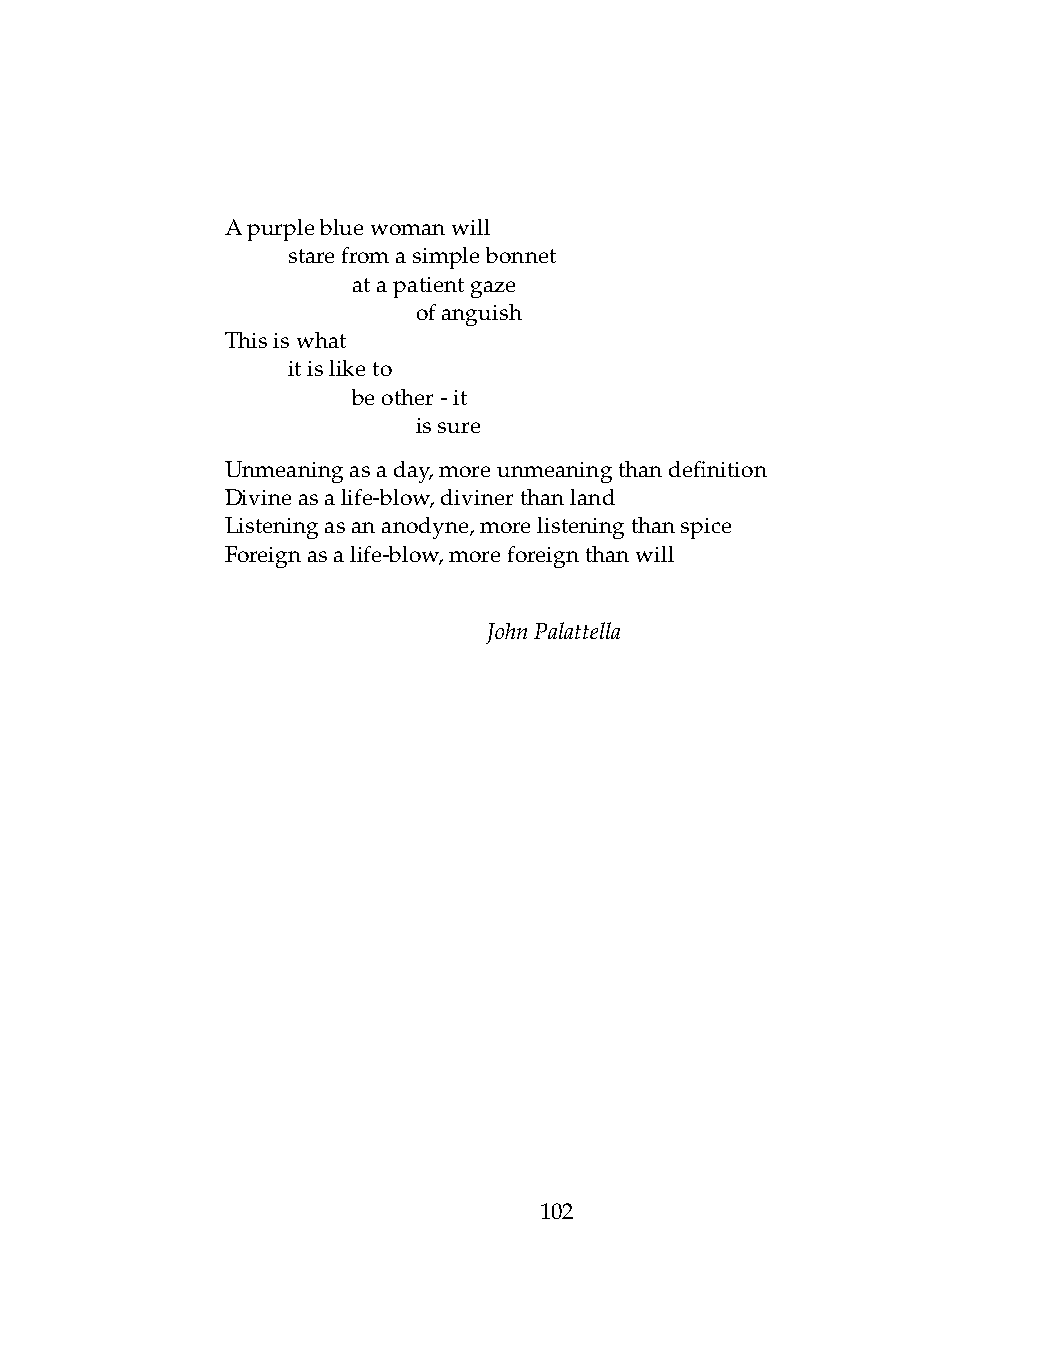
Apurplebluewomanwill
 .   starefromasimplebonnet
 .   .   atapatientgaze
 .   .   .    ofanguish
 Thisiswhat
 .   itisliketo
 .   .   beother-it
 .   .   .    issure
 Unmeaningasaday,moreunmeaningthandefinition
 Divineasalife-blow,divinerthanland
 Listeningasananodyne,morelisteningthanspice
 Foreignasalife-blow,moreforeignthanwill
 JohnPalattella
 102